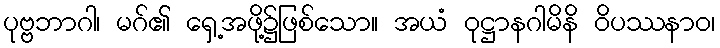
ပုဗ္ဗဘာဂါ၊ မဂ်၏ ရှေ့အဖို့၌ဖြစ်သော။ အယံ ဝုဋ္ဌာနဂါမိနိ ဝိပဿနာဝ၊